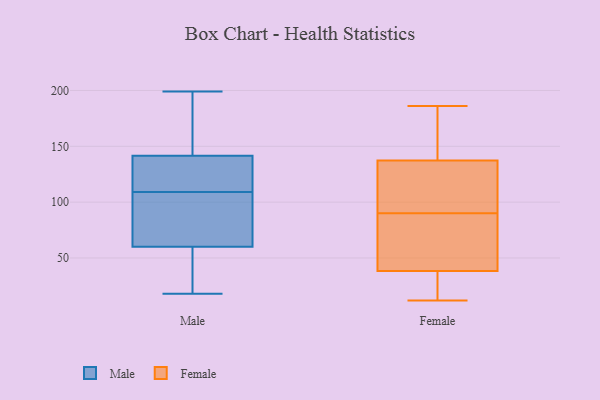
{"axis": {"x": "Bounce Rate (%)", "y": "Value"}, "legend": ["Female", "Male"], "data": [{"x": "", "y": 89, "type": "Male"}, {"x": "", "y": 136, "type": "Male"}, {"x": "", "y": 158, "type": "Male"}, {"x": "", "y": 60, "type": "Male"}, {"x": "", "y": 142, "type": "Male"}, {"x": "", "y": 140, "type": "Male"}, {"x": "", "y": 155, "type": "Male"}, {"x": "", "y": 60, "type": "Male"}, {"x": "", "y": 18, "type": "Male"}, {"x": "", "y": 100, "type": "Male"}, {"x": "", "y": 199, "type": "Male"}, {"x": "", "y": 78, "type": "Male"}, {"x": "", "y": 49, "type": "Male"}, {"x": "", "y": 50, "type": "Male"}, {"x": "", "y": 118, "type": "Male"}, {"x": "", "y": 141, "type": "Male"}, {"x": "", "y": 74, "type": "Female"}, {"x": "", "y": 186, "type": "Female"}, {"x": "", "y": 180, "type": "Female"}, {"x": "", "y": 59, "type": "Female"}, {"x": "", "y": 12, "type": "Female"}, {"x": "", "y": 83, "type": "Female"}, {"x": "", "y": 91, "type": "Female"}, {"x": "", "y": 36, "type": "Female"}, {"x": "", "y": 170, "type": "Female"}, {"x": "", "y": 39, "type": "Female"}, {"x": "", "y": 16, "type": "Female"}, {"x": "", "y": 126, "type": "Female"}, {"x": "", "y": 134, "type": "Female"}, {"x": "", "y": 13, "type": "Female"}, {"x": "", "y": 90, "type": "Female"}, {"x": "", "y": 147, "type": "Female"}, {"x": "", "y": 108, "type": "Female"}]}